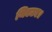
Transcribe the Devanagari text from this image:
थिएटर।